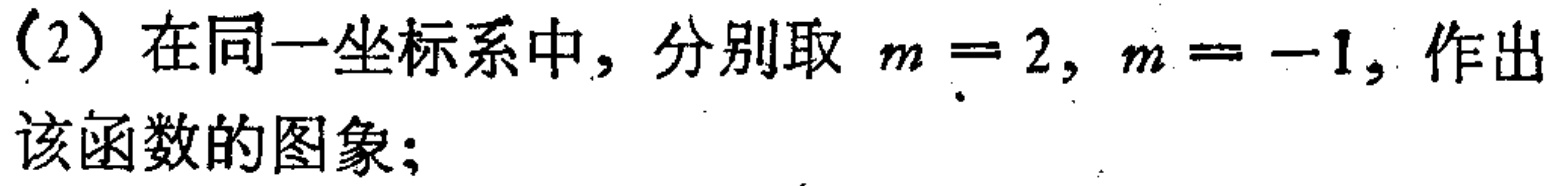
(2) 在同一坐标系中，分别取 \(m = 2, m = -1\)，作出该函数的图象；